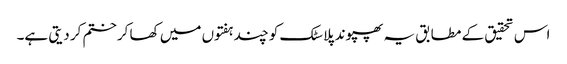
اس تحقیق کے مطابق یہ پھپوند پلاسٹک کو چند ہفتوں میں کھا کرختم کر دیتی ہے۔